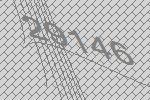
29146